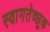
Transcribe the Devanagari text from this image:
स्वागतेच्छुक